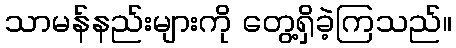
သာမန်နည်းများကို တွေ့ရှိခဲ့ကြသည်။